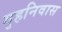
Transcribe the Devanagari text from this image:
गृहनिवास